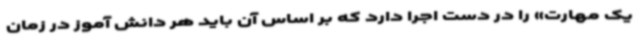
یک مهارت» را در دست اجرا دارد که بر اساس آن باید هر دانش آموز در زمان